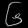
Digit: ၆